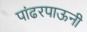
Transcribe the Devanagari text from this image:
पांढरपाऊनी